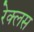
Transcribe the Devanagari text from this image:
रेक्लस